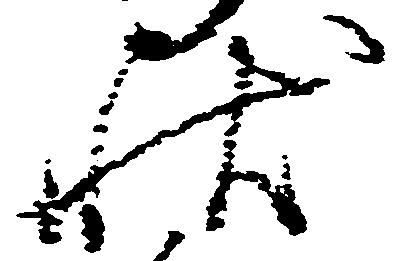
状